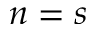
n = s